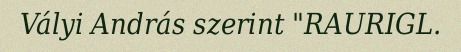
Vályi András szerint "RAURIGL.